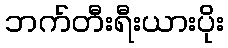
ဘက်တီးရီးယားပိုး